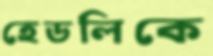
হেডলিকে